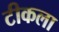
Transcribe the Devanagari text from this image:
टीकला